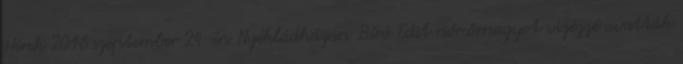
Hírek 2016.szeptember 24-én Nyékládházán Bíró Edit nőr.őrnagyot vizézzé avatták